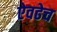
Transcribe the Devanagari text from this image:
ऐवढेच